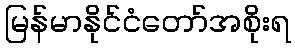
မြန်မာနိုင်ငံတော်အစိုးရ